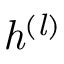
\it { h ^ { ( l ) } }